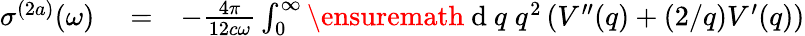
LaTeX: \begin{array}{rlr}{\sigma^{(2a)}(\omega)}&{{}=}&{-\frac{4\pi}{12c\omega}\int_{0}^{\infty}\ensuremath{\mathrm{~d~}}q\; q^{2}\left(V^{\prime\prime}(q)+(2/q)V^{\prime}(q)\right)}\end{array}